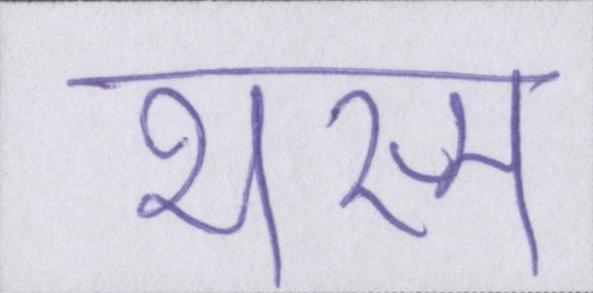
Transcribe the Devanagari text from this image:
भस्म